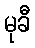
မုခီ